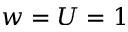
w = U = 1